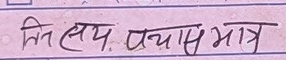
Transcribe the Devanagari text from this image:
ति. लय प्रयास मात्र